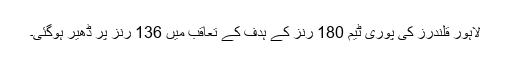
لاہور قلندرز کی پوری ٹیم 180 رنز کے ہدف کے تعاقب میں 136 رنز پر ڈھیر ہوگئی۔